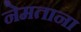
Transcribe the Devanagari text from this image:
नेमताना